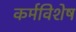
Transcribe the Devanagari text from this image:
कर्मविशेष